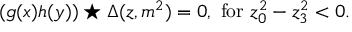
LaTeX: ( g ( x ) h ( y ) ) \star \Delta ( z , m ^ { 2 } ) = 0 , ~ \mathrm { f o r } ~ z _ { 0 } ^ { 2 } - z _ { 3 } ^ { 2 } < 0 .